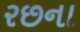
રછના